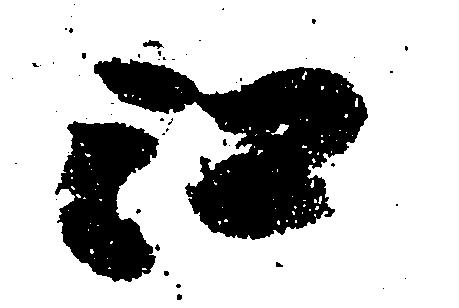
江